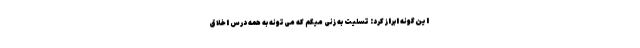
این‌گونه ابراز کرد: تسلیت به زنی میگم که می‌تونه به همه درس اخلاق